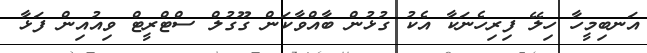
އަނބިމީހާ ހިލޭ ފިރިހެނަކާ އެކު ގުޅުން ބާއްވާކަން ގޫގުލް ސްޓްރީޓް ވިއުއިން ފަޅާ